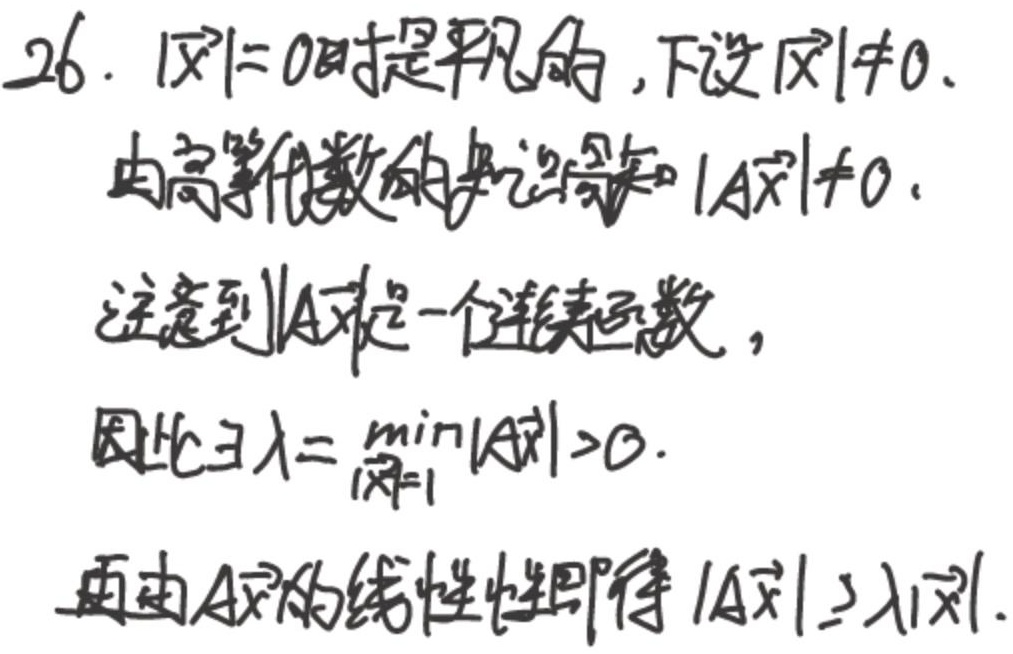
当$|\vec{x}| = 0$时是平凡的，下设$|\vec{x}|\neq0$。
由高等代数的知识可知$|A\vec{x}|\neq0$。
注意到$|A\vec{x}|$是一个连续函数，
因此$\exists\lambda=\min_{|\vec{x}| = 1}|A\vec{x}|>0$。
再由$A\vec{x}$的线性性质即得 $|A\vec{x}|\geq\lambda|\vec{x}|$。